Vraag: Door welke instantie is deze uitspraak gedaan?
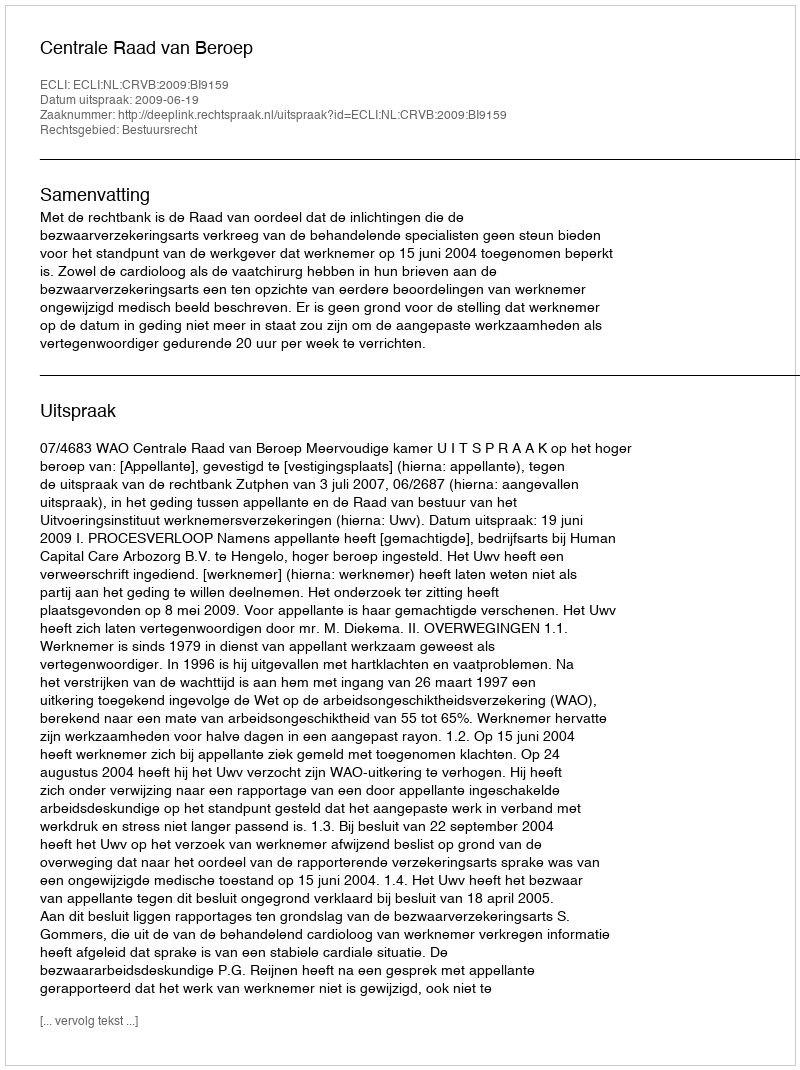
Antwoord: Centrale Raad van Beroep